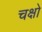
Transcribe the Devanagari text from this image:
चक्षो